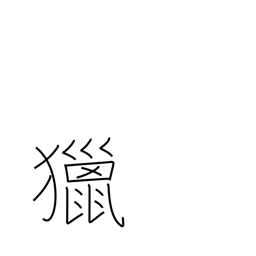
Meaning: field sports